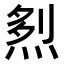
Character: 𤉥